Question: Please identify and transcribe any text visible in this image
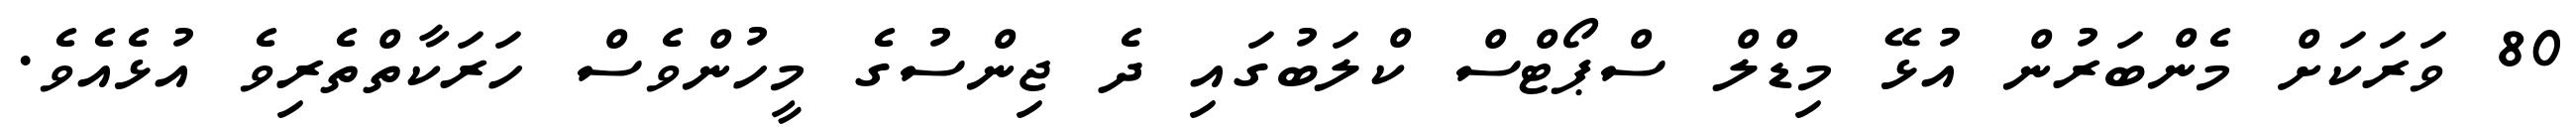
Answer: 80 ވަރަކަށް މެންބަރުން އުޅޭ މިޑްލް ސްޕޯޓްސް ކްލަބުގައި ދެ ޖިންސުގެ މީހުންވެސް ހަރަކާތްތެރިވެ އުޅެއެވެ.